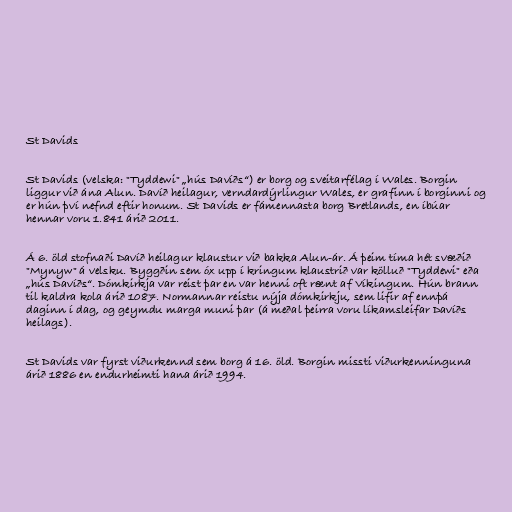
St Davids

St Davids (velska: "Tyddewi" „hús Davíðs“) er borg og sveitarfélag í Wales. Borgin
liggur við ána Alun. Davíð heilagur, verndardýrlingur Wales, er grafinn í borginni og
er hún því nefnd eftir honum. St Davids er fámennasta borg Bretlands, en íbúar
hennar voru 1.841 árið 2011.

Á 6. öld stofnaði Davíð heilagur klaustur við bakka Alun-ár. Á þeim tíma hét svæðið
"Mynyw" á velsku. Byggðin sem óx upp í kringum klaustrið var kölluð "Tyddewi" eða
„hús Davíðs“. Dómkirkja var reist þar en var henni oft rænt af Víkingum. Hún brann
til kaldra kola árið 1087. Normannar reistu nýja dómkirkju, sem lifir af ennþá
daginn í dag, og geymdu marga muni þar (á meðal þeirra voru líkamsleifar Davíðs
heilags).

St Davids var fyrst viðurkennd sem borg á 16. öld. Borgin missti viðurkenninguna
árið 1886 en endurheimti hana árið 1994.